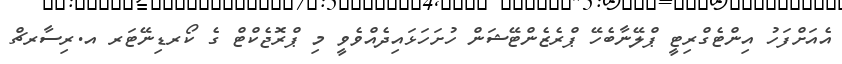
އެއަށްފަހު އިންޓެގްރިޓީ ޕްލޭނާބެހޭ ޕްރެޒެންޓޭޝަން ހުށަހަޅައިދެއްވެވީ މި ޕްރޮޖެކްޓް ގެ ކޯރޑިނޭޓަރ އ.ރިސާރޗް